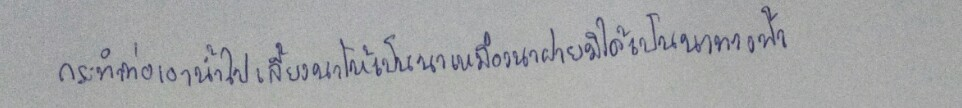
กระทำท่อเอาน้ำไปเลี้ยงนาให้เป็นนาเหมืองนาฝายมิได้เป็นนาทางฟ้า